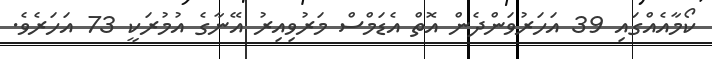
ކޯމާއެއްގައި 39 އަހަރުވަންދެން އޮތް އެޑަމްސް މަރުވިއިރު އޭނާގެ އުމުރަކީ 73 އަހަރެވެ.